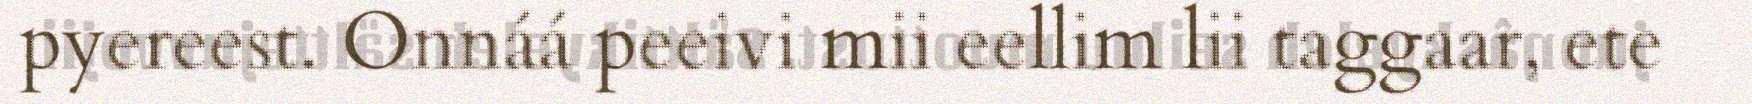
pyereest. Onnáá peeivi mii eellim lii taggaar, ete